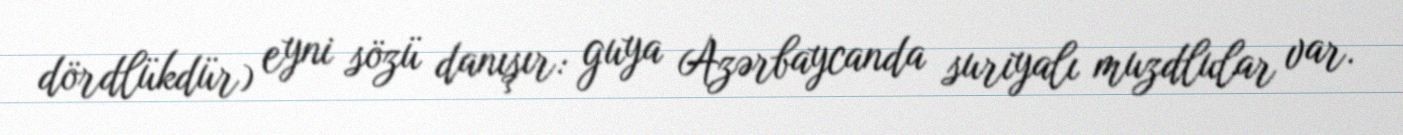
dördlükdür) eyni sözü danışır: guya Azərbaycanda suriyalı muzdlular var.